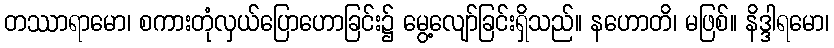
တဿာရာမော၊ စကားတုံလှယ်ပြောဟောခြင်း၌ မွေ့လျော်ခြင်းရှိသည်။ နဟောတိ၊ မဖြစ်။ နိဒ္ဒါရမော၊